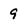
Character: 9